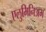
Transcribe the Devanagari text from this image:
एलुमिनिअम